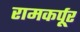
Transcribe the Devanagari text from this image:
रामकर्पूर